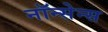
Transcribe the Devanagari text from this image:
नॉन्सेन्स